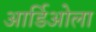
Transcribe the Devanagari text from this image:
आर्डिओला